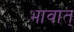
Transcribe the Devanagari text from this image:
भावात्